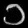
Digit: ၁